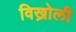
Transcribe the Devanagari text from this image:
विख्रोली